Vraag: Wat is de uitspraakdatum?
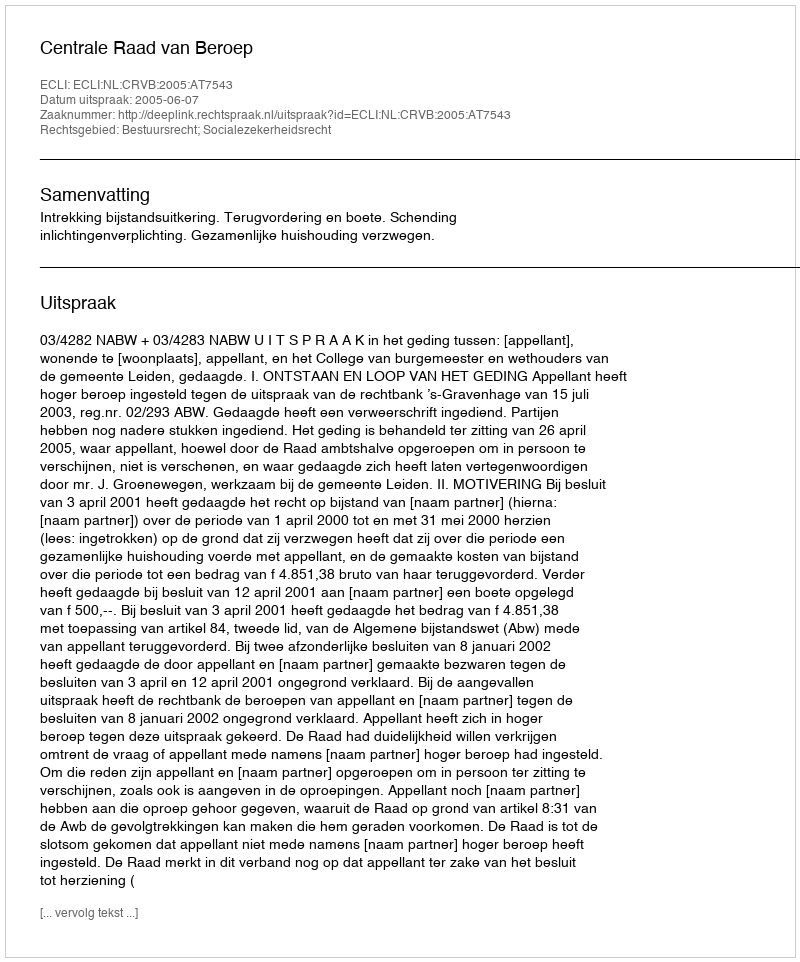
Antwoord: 2005-06-07